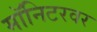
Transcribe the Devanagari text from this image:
मॉनिटरवर